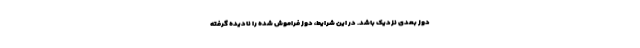
دوز بعدی نزدیک باشد. در این شرایط، دوز فراموش شده را نادیده گرفته